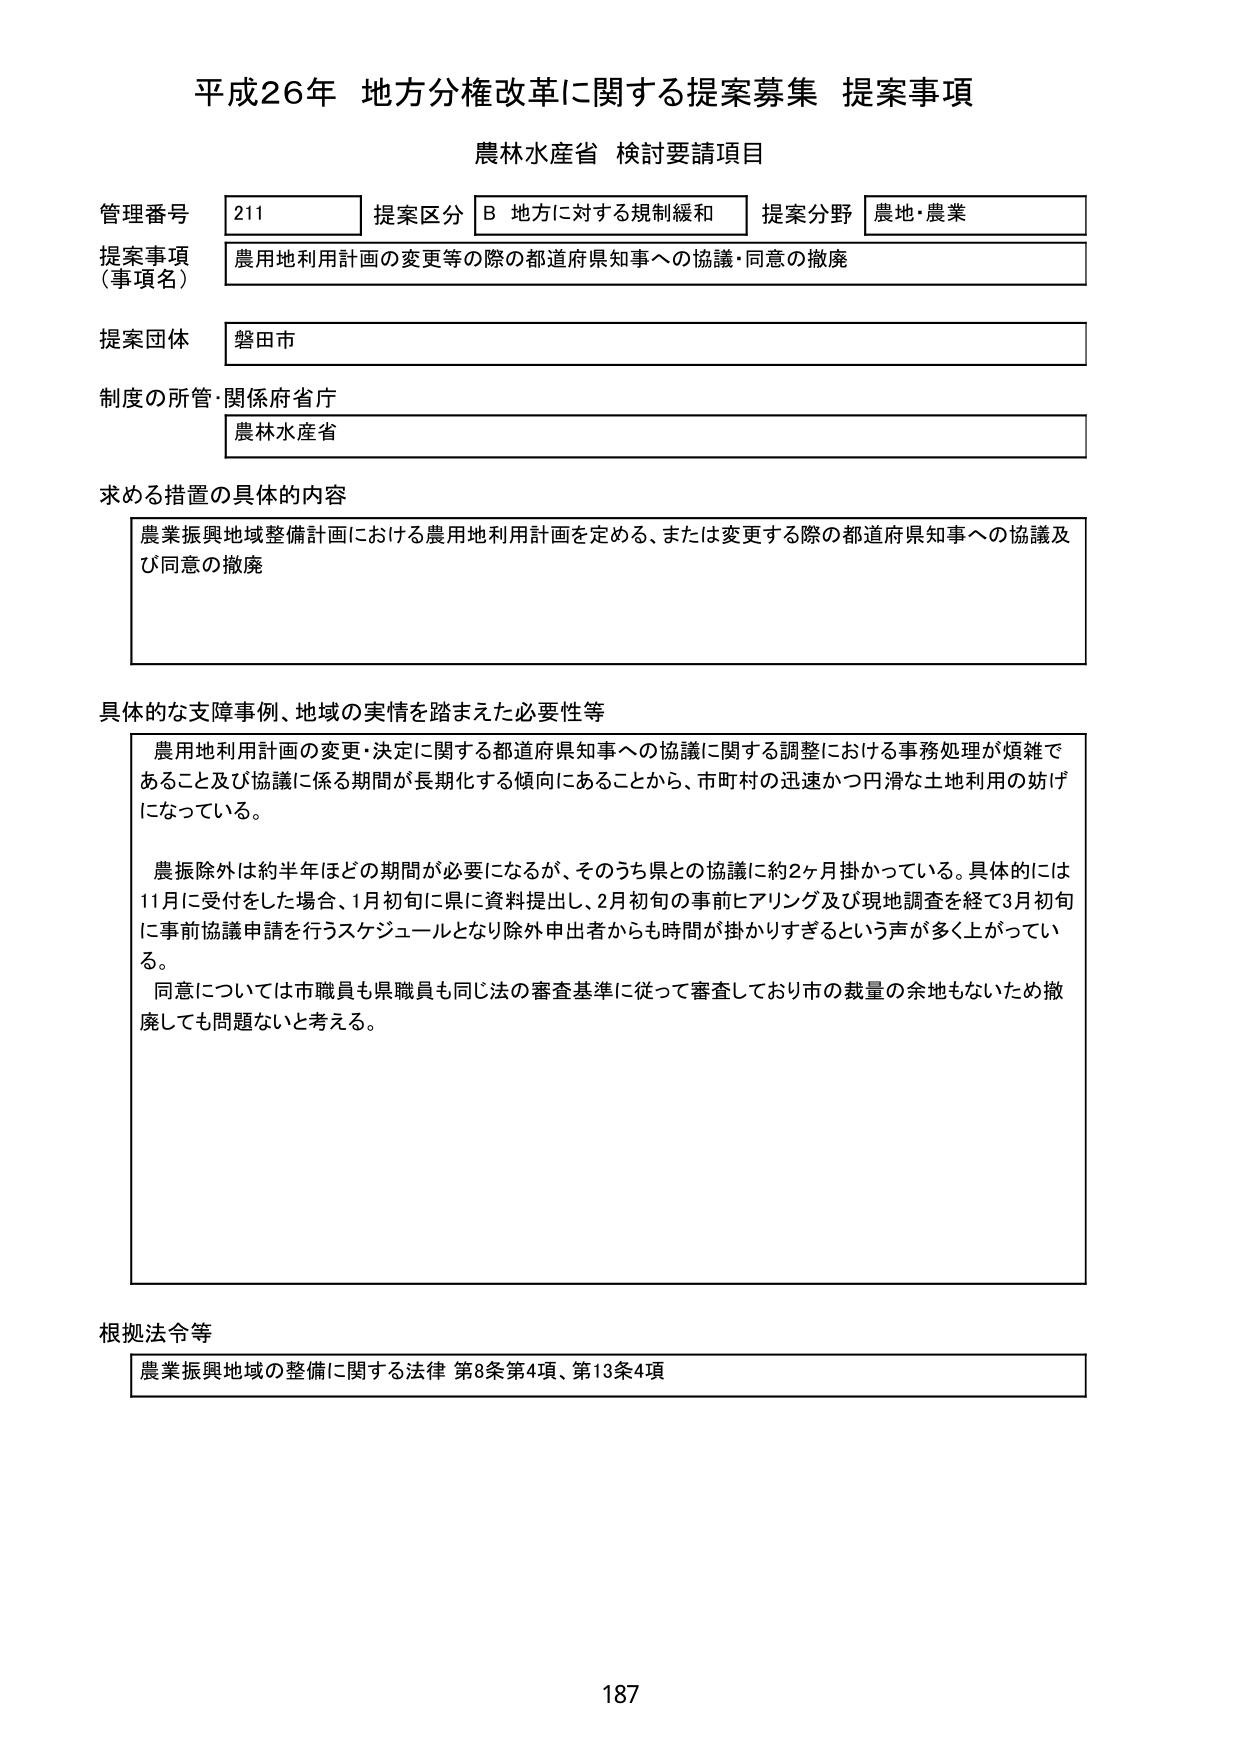
平成26年 地方分権改革に関する提案募集 提案事項
農林水産省 検討要請項目

管理番号 211 提案区分 B 地方に対する規制緩和 提案分野 農地・農業
提案事項（事項名） 農用地利用計画の変更等の際の都道府県知事への協議・同意の撤廃
提案団体 磐田市
制度の所管・関係府省庁 農林水産省

求める措置の具体的内容
農業振興地域整備計画における農用地利用計画を定める、または変更する際の都道府県知事への協議及び同意の撤廃

具体的な支障事例、地域の実情を踏まえた必要性等
農用地利用計画の変更・決定に関する都道府県知事への協議に関する調整における事務処理が煩雑であること及び協議に係る期間が長期化する傾向にあることから、市町村の迅速かつ円滑な土地利用の妨げになっている。
農振除外は約半年ほどの期間が必要になるが、そのうち県との協議に約2ヶ月掛かっている。具体的には11月に受付をした場合、1月初旬に県に資料提出し、2月初旬の事前ヒアリング及び現地調査を経て3月初旬に事前協議申請を行うスケジュールとなり除外申出者からも時間が掛かりすぎるという声が多く上がっている。
同意については市職員も県職員も同じ法の審査基準に従って審査しており市の裁量の余地もないため撤廃しても問題ないと考える。

根拠法令等
農業振興地域の整備に関する法律 第8条第4項、第13条4項

187